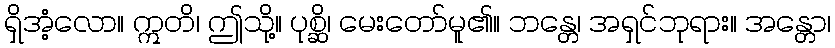
ရှိအံ့လော။ ဣတိ၊ ဤသို့။ ပုစ္ဆိ၊ မေးတော်မူ၏။ ဘန္တေ၊ အရှင်ဘုရား။ အန္တော၊